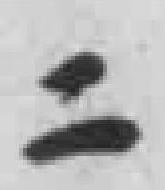
二